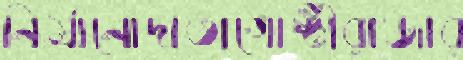
নির্মানোদাতাগোষ্ঠীরাজার